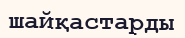
шайқастарды